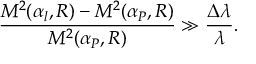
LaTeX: \frac { { \cal M } ^ { 2 } ( \alpha _ { l } , R ) - { \cal M } ^ { 2 } ( \alpha _ { P } , R ) } { { \cal M } ^ { 2 } ( \alpha _ { P } , R ) } \gg \frac { \Delta \lambda } { \lambda } .